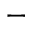
-